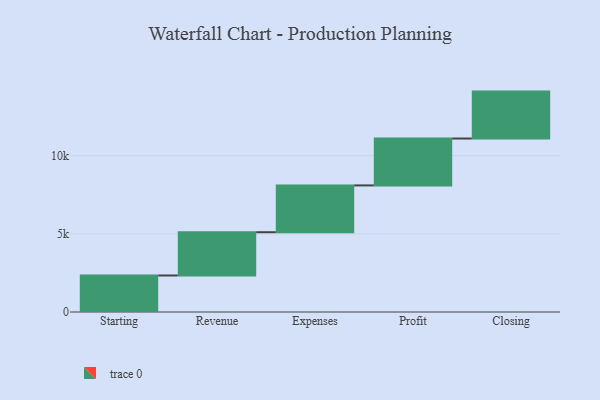
{"axis": {"x": "Step", "y": "Value"}, "legend": [""], "data": [{"x": "Starting", "y": 2336.0, "type": ""}, {"x": "Revenue", "y": 2767.0, "type": ""}, {"x": "Expenses", "y": 2993.0, "type": ""}, {"x": "Profit", "y": 3000, "type": ""}, {"x": "Closing", "y": 3000, "type": ""}]}